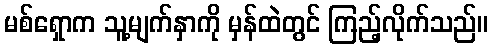
မစ်ရှောက သူ့မျက်နှာကို မှန်ထဲတွင် ကြည့်လိုက်သည်။